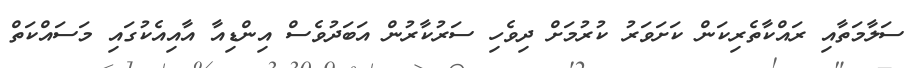
ސަލާމަތާއި ރައްކާތެރިކަން ކަށަވަރު ކުރުމަށް ދިވެހި ސަރުކާރުން އަބަދުވެސް އިންޑިއާ އާއިއެކުގައި މަސައްކަތް